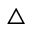
\triangle